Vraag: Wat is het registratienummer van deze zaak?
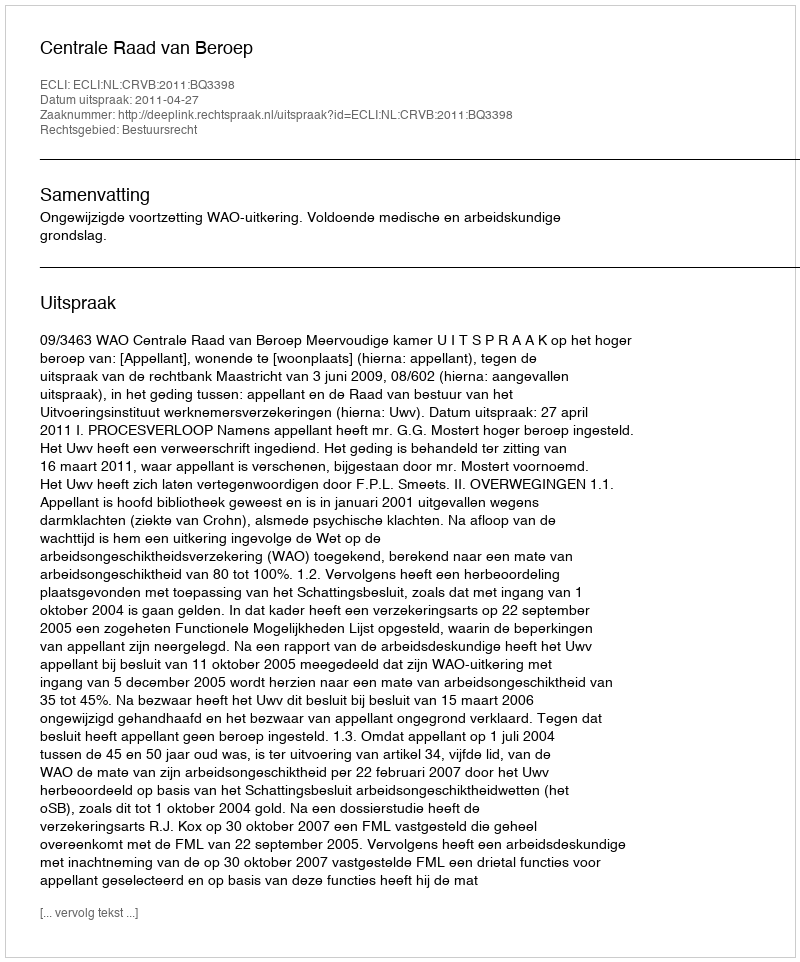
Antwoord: http://deeplink.rechtspraak.nl/uitspraak?id=ECLI:NL:CRVB:2011:BQ3398